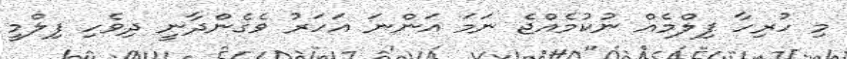
މި ހުރިހާ ފިލްމެއް ނުކުމެއްޖެ ނަމަ އަންނަ އަހަރު ވެގެންދާނީ ދިވެހި ފިލްމީ